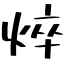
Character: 焠